system: You are a helpful assistant.
user:
Analyze the provided spectrum to determine if it is a **White Dwarf (WD)**.

A White Dwarf spectrum is defined by its **extreme purity** (due to gravitational settling) and/or **extreme pressure broadening** (due to high surface gravity). You must check for one of the following mutually exclusive signatures:

- **Key Visual Indicators (Check for ONE of these types):**

    - **1. DA-Type Signature (Most Common):**
        - **(Primary Feature):** Extreme pressure broadening (Stark broadening) of the **Hydrogen (H) Balmer lines**.
        - **(Key Lines):** $H\beta$ (approx. $4861$ Å) and $H\gamma$ (approx. $4340$ Å). $H\alpha$ (approx. $6563$ Å) will also be present if the wavelength range covers it.
        - **(Line Profile):** This is the **defining feature**. The lines are **NOT** sharp. They appear as massive, **extremely broad and deep "troughs" or "dips"** in the spectrum, often hundreds of Ångströms wide. The continuum will appear to "scoop" down at these wavelengths.
        - **(Distinction):** Normal A-type or B-type stars have *narrow* and *sharp* Hydrogen lines. A DA White Dwarf's lines are unmistakably "smeared" or "blurry" from pressure.

    - **2. DB-Type Signature:**
        - **(Primary Feature):** Broad absorption lines from **Neutral Helium (He I)**. The spectrum must lack any visible Hydrogen lines.
        - **(Key Lines):** Look for broad absorption near $4471$ Å, $4921$ Å, and $5876$ Å.
        - **(Line Profile):** These lines are also significantly pressure-broadened, appearing much wider than they would in a normal B-type main-sequence star.

    - **3. DC-Type Signature:**
        - **(Primary Feature):** A **featureless continuous spectrum**.
        - **(Line Profile):** The spectrum is a smooth curve with **no significant absorption or emission lines**.
        - **(Key Confirmation):** The continuum is almost always **blue or white**, indicating a hot object. This signature implies the atmosphere is so pure (or so cool) that no spectral lines are visible in the optical range. Its WD identity is confirmed by its extremely low intrinsic brightness (high absolute magnitude).

    - **4. DZ-Type Signature (Metal-Polluted):**
        - **(Primary Feature):** **Isolated, narrow metal absorption lines** on an otherwise featureless (DC-like) continuum.
        - **(Key Lines):** The **Calcium (Ca II) H & K doublet** (approx. **$3934$ Å** and **$3968$ Å**) is the most common and defining feature.
        - **(Line Profile):** These lines are "out of place." They are *not* part of a "forest" of thousands of lines. This signature is evidence of recent *accretion* (pollution) from rocky debris.
        - **(Distinction):** Normal G/K/M stars have a *dense forest* of thousands of metal lines. A DZ has a *clean* continuum with *only a few* strong metal lines.

    - **5. DQ-Type Signature (Carbon-Polluted):**
        - **(Primary Feature):** Absorption bands from **Carbon (C₂ "Swan Bands" or atomic C I)**.
        - **(Key Lines - C₂):** Look for bandheads with a "saw-tooth" shape near $5635$ Å, **$5165$ Å** (strongest), and $4737$ Å.
        - **(Key Confirmation):** The underlying **continuum must be blue or white** (hot).
        - **(Distinction):** This is the critical difference from a **Carbon Star**, which has the *exact same* C₂ bands but on an extremely **red, cool** continuum.

- **(Overall Spectrum):**
    - The continuum (overall shape) is typically **blue-sloping** (brighter in the blue than the red), as most white dwarfs are very hot.
    - The spectrum will look "pure" or "simple," dominated by only *one* of the five signatures listed above.

Think first, call **spectral_visualization_tool** if needed to examine features in detail, then provide your final answer. Your response must adhere to the following strict rules:
1.  **Overall Structure:** Your response must follow the format `<think>...</think> <tool_call>...</tool_call> (if a tool is used) <answer>...</answer>`.
2.  **Tool Usage Constraint:** You may only make **one** tool call per turn.
3.  **Final Answer Format:** In the `<answer>` tag, your conclusion must be inside a `\boxed{}` command (e.g., `\boxed{YES}` or `\boxed{NO}`), followed by your justification.

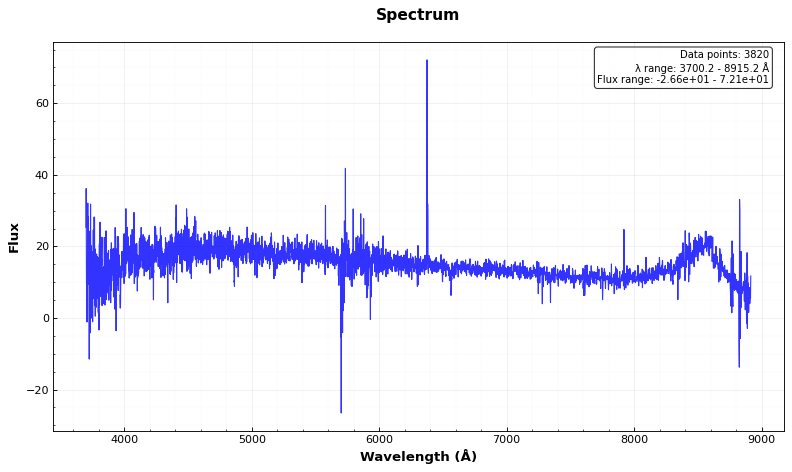
Answer: NO